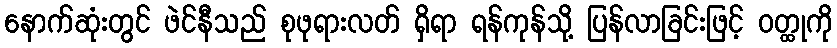
နောက်ဆုံးတွင် ဖဲင်နီသည် စုဖုရားလတ် ရှိရာ ရန်ကုန်သို့ ပြန်လာခြင်းဖြင့် ဝတ္ထုကို